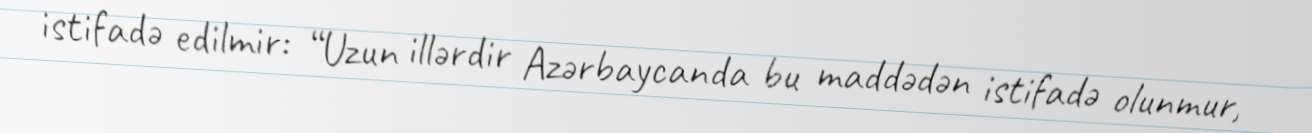
istifadə edilmir: “Uzun illərdir Azərbaycanda bu maddədən istifadə olunmur,